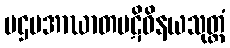
ပဌမအာဃာတပဋိဝိနယသုတ္တံ